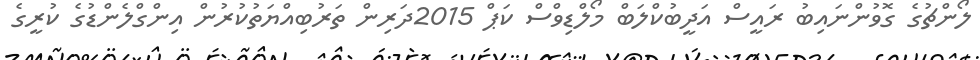
ލޯންޗުގެ ގޮވުންނައިބު ރައީސް އަދީބުކްލަބް މޯލްޑިވްސް ކަޕް 2015ދަރިން ތަރުބިއްޔަތުކުރުން އިންގްލެންޑުގެ ކުރީގެ